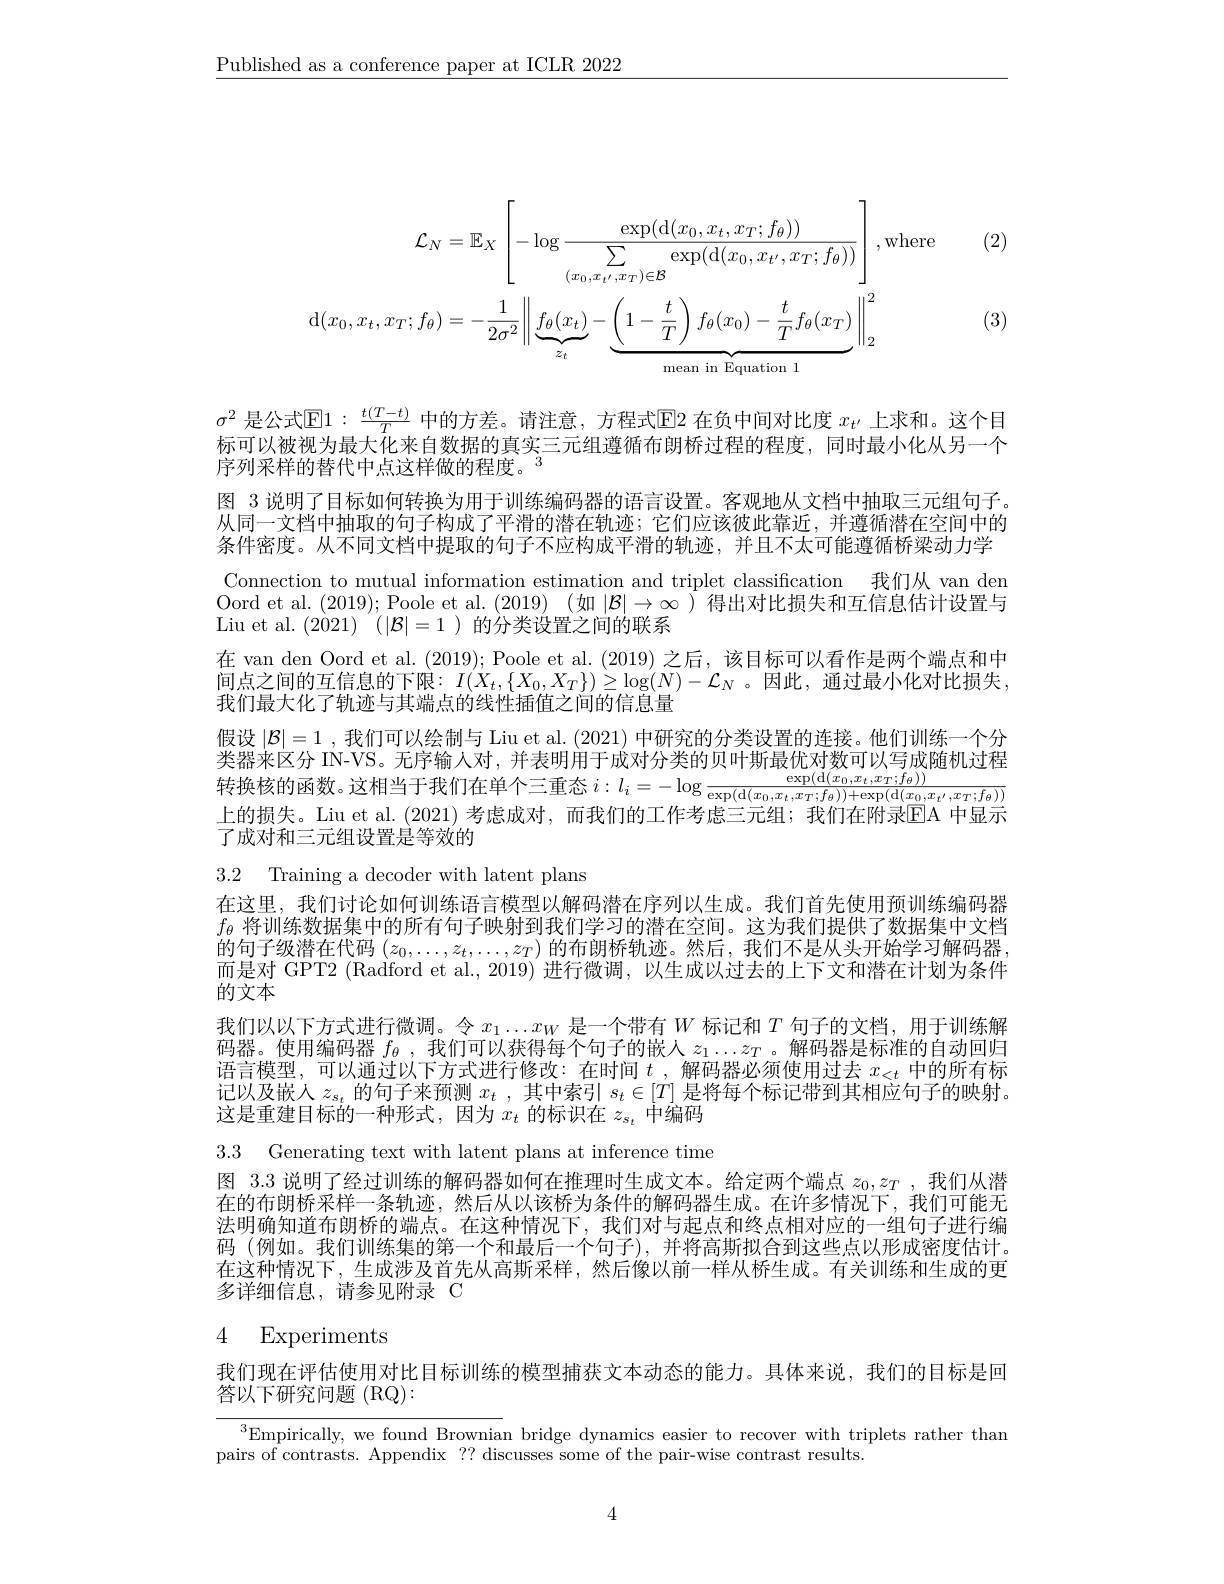
$\underline{\text{Published as a conference paper at ICLR 2022}}$

(2)
$$\mathcal{L}_{N}=\mathbb{E}_{X}\left[-\log\frac{\exp(\mathrm{d}(x_{0},x_{t},x_{T};f_{\theta}))}{\sum_{(x_{0},x_{t^{\prime}},x_{T})\in\mathcal{B}}\exp(\mathrm{d}(x_{0},x_{t^{\prime}},x_{T};f_{\theta}))}\right]\:,\mathrm{where}\\\mathrm{d}(x_{0},x_{t},x_{T};f_{\theta})=-\frac{1}{2\sigma^{2}}\left\|\underbrace{f_{\theta}(x_{t})}_{z_{t}}-\underbrace{\left(1-\frac{t}{T}\right)f_{\theta}(x_{0})-\frac{t}{T}f_{\theta}(x_{T})}_{\mathrm{mean~in~Equation~1}}\right\|_{2}^{2}$$
(3)

$\sigma^2$ 是公式$\mathbb{E}1:\frac t(T-t)T$ 中的方差。请注意，方程式$\mathbb{E}$2 在负中间对比度 $x_t^{\prime}$ 上求和。这个目标可以被视为最大化来自数据的真实三元组遵循布朗桥过程的程度，同时最小化从另一个序列采样的替代中点这样做的程度。$^{3}$
图 3 说明了目标如何转换为用于训练编码器的语言设置。客观地从文档中抽取三元组句子。从同一文档中抽取的句子构成了平滑的潜在轨迹；它们应该彼此靠近，并遵循潜在空间中的条件密度。从不同文档中提取的句子不应构成平滑的轨迹，并且不太可能遵循桥梁动力学Connection to mutual information estimation and triplet classification 我们从 van den Oord et al. (2019); Poole et al. (2019) (如$|\mathcal{B}|\to\infty$ )得出对比损失和互信息估计设置与Liu et al. (2021) $( | \mathcal{B} | = 1$ )的分类设置之间的联系
在 van den Oord et al. (2019); Poole et al. (2019)之后，该目标可以看作是两个端点和中间点之间的互信息的下限$:I(X_t,\{X_0,X_T\})\geq\log(N)-\mathcal{L}_N$ 。因此，通过最小化对比损失， 我们最大化了轨迹与其端点的线性插值之间的信息量
假设$|\mathcal{B}|=1$ ,我们可以绘制与 Liu et al. (2021) 中研究的分类设置的连接。他们训练一个分类 器 来 区 分 IN- VS。无 序 输 入 对 , 并 表 明 用 于 成 对 分 类 的 贝 叶 斯 最 优 对 数 可 以 写 成 随 机 过 程 转 换 核 的 函 数 。这 相 当 于 我 们 在 单 个 三 重 态 $i: l_i= - \log \frac {\exp ( \mathrm{d} ( x_0, x_t, x_T; f_\theta ) ) }{\exp ( \mathrm{d} ( x_0, x_t, x_T; f_\theta ) ) + \exp ( \mathrm{d} ( x_0, x_t^{\prime }, x_T; f_\theta ) ) }$ 上 的 揭 生 Jin et al ( 2021) 差 哱 成 对 而 我 们 的 工 作 者 电 二 元 组 : 我 们 在 附 录 FA 中 显 示上的损失。Liu et al.(2021)考虑成对，而我们的工作考虑三元组；我们在附录EA 中显示了成对和三元组设置是等效的

3.2 Training a decoder with latent plans
在这里，我们讨论如何训练语言模型以解码潜在序列以生成。我们首先使用预训练编码器$f_{\theta}$将训练数据集中的所有句子映射到我们学习的潜在空间。这为我们提供了数据集中文档而是对 GPT2 (Radford et al., 2019) 进行微调，以生成以过去的上下文和潜在计划为条件的文本
我们以以下方式进行微调。令$x_1\ldots x_W$是一个带有$W$标记和$T$句子的文档，用于训练解码器。使用编码器$f_\theta$ ,我们可以获得每个句子的嵌人$z_1\ldots z_T$ 。解码器是标准的自动回归语言模型，可以通过以下方式进行修改：在时间$t$ ,解码器必须使用过去$x_<t$中的所有标记以及嵌人$z_s_t$的句子来预测$x_t$ ,其中索引$s_t\in[T]$是将每个标记带到其相应句子的映射。这是重建目标的一种形式，因为$x_t$的标识在$z_s_t$中编码

3.3 Generating text with latent plans at inference time

图3.3说明了经过训练的解码器如何在推理时生成文本。给定两个端点$z_0,z_T$ ,我们从潜在的布朗桥采样一条轨迹，然后从以该桥为条件的解码器生成。在许多情况下，我们可能无法明确知道布朗桥的端点。在这种情况下，我们对与起点和终点相对应的一组句子进行编码 (例如。我们训练集的第一个和最后一个句子),并将高斯拟合到这些点以形成密度估计。在这种情况下，生成涉及首先从高斯采样，然后像以前一样从桥生成。有关训练和生成的更多详细信息，请参见附录 C

## 4 Experiments

我们现在评估使用对比目标训练的模型捕获文本动态的能力。具体来说，我们的目标是回

答以下研究问题 (RQ):

$^{3}$Empirically, we found Brownian bridge dynamics easier to recover with triplets rather than
pairs of contrasts. Appendix ?? discusses some of the pair-wise contrast results.

4